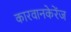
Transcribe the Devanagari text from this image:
कारवानकेरेंज